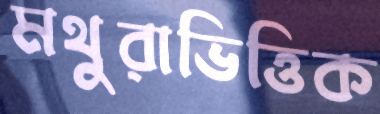
মথুরাভিত্তিক